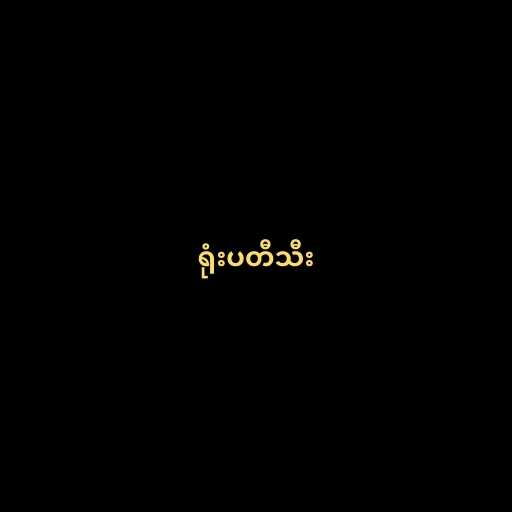
ရုံးပတီသီး